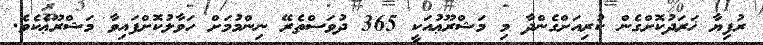
ރުފިޔާ ޚަރަދުކޮށްގެން ކުރިއަށްގެންދާ މި މަޝްރޫޢުއަކީ 365 ދުވަސްތެރޭ ނިންމުމަށް ހަވާލުކޮށްފައިވާ މަޝްރޫޢެކެވެ.